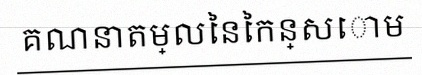
គណនាតម្លៃនៃកន្សោម